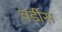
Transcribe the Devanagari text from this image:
वर्डीस